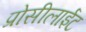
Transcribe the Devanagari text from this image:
प्रोसीलाईट